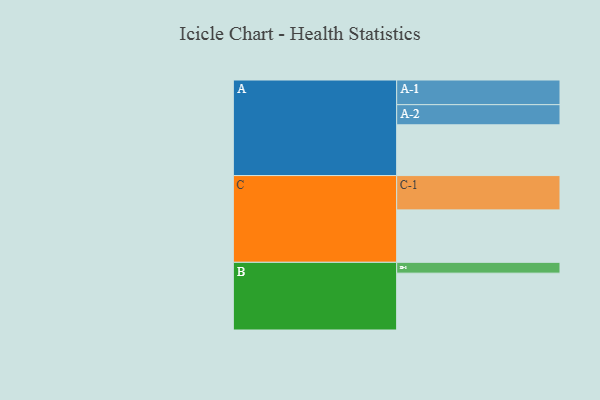
{"axis": {"x": "Segment", "y": "Value"}, "legend": ["", "A", "B", "C"], "data": [{"x": "A", "y": 426, "type": ""}, {"x": "B", "y": 477, "type": ""}, {"x": "C", "y": 440, "type": ""}, {"x": "A-1", "y": 207, "type": "A"}, {"x": "A-2", "y": 169, "type": "A"}, {"x": "B-1", "y": 91, "type": "B"}, {"x": "C-1", "y": 288, "type": "C"}]}